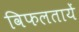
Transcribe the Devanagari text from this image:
विफलतायें